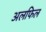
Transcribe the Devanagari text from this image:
अलफिल